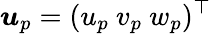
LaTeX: \boldsymbol{u}_{p}=(u_{p}\ v_{p}\ w_{p})^{\top}